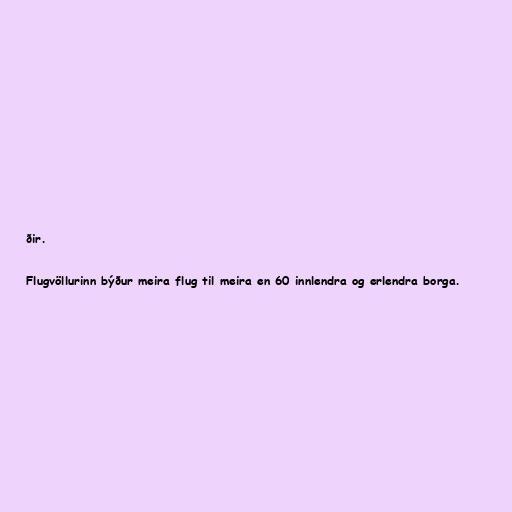
ðir.

Flugvöllurinn býður meira flug til meira en 60 innlendra og erlendra borga.